Indian journal of veterinary science and animal husbandry - Volume 1,
Year: 1931
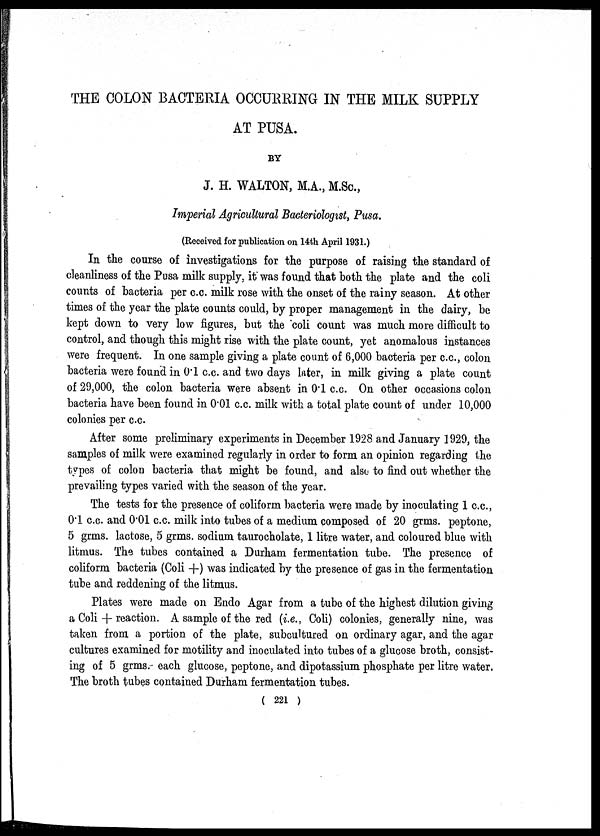
THE COLON BACTERIA OCCURRING IN THE MILK SUPPLY
AT PUSA.
BY
J. H. WALTON, M.A., M.Sc.,
Imperial Agricultural Bacteriologist, Pusa.
(Received for publication on 14th April 1931.)
In the course of investigations for the purpose of raising the standard of
cleanliness of the Pusa milk supply, it was found that both the plate and the coli
counts of bacteria per c.c. milk rose with the onset of the rainy season. At other
times of the year the plate counts could, by proper management in the dairy, be
kept down to very low figures, but the coli count was much more difficult to
control, and though this might rise with the plate count, yet anomalous instances
were frequent. In one sample giving a plate count of 6,000 bacteria per c.c., colon
bacteria were found in 0.1 c.c. and two days later, in milk giving a plate count
of 29,000, the colon bacteria were absent in 0.1 c.c. On other occasions colon
bacteria have been found in 0.01 c.c. milk with a total plate count of under 10,000
colonies per c.c.
After some preliminary experiments in December 1928 and January 1929, the
samples of milk were examined regularly in order to form an opinion regarding the
types of colon bacteria that might be found, and also to find out whether the
prevailing types varied with the season of the year.
The tests for the presence of coliform bacteria were made by inoculating 1 c.c.,
01 c.c. and 0.01 c.c. milk into tubes of a medium composed of 20 grms. peptone,
5 grms. lactose, 5 grms. sodium taurocholate, 1 litre water, and coloured blue with
litmus. The tubes contained a Durham fermentation tube. The presence of
coliform bacteria (Coli +) was indicated by the presence of gas in the fermentation
tube and reddening of the litmus.
Plates were made on Endo Agar from a tube of the highest dilution giving
a Coli + reaction. A sample of the red (i.e., Coli) colonies, generally nine, was
taken from a portion of the plate, subcultured on ordinary agar, and the agar
cultures examined for motility and inoculated into tubes of a glucose broth, consist-
ing of 5 grms. each glucose, peptone, and dipotassium phosphate per litre water.
The broth tubes contained Durham fermentation tubes.
( 221 )